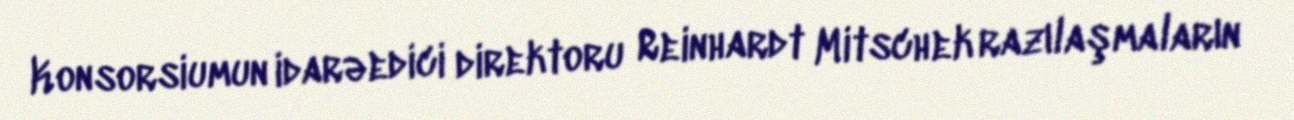
Konsorsiumun idarəedici direktoru Reinhardt Mitschek razılaşmaların